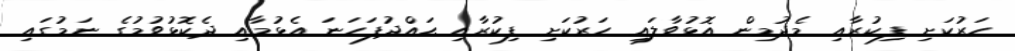
ހަރުކަށި ފިކުރާއި މެދުމިން އޮޅުވާލައި ހަރުކަށި ފިކުރާއި ޙައްދުފަހަނަ އެޅުމާއި ދެކޮޅުވުމުގެ ނަމުގައި